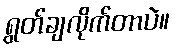
ရွတ်ချလိုက်တာပဲ။